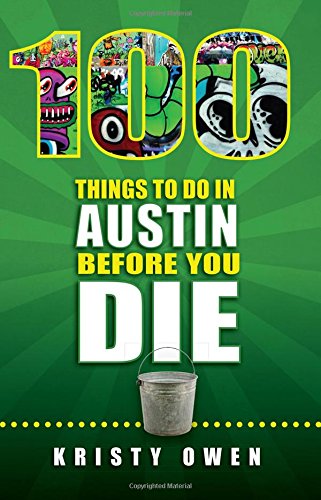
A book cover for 100 Things to Do in Austin Before You Die (100 Things to Do In... Before You Die); Kristy Owen; Travel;